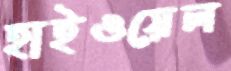
হাইওয়েল